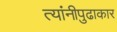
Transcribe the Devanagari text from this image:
त्यांनीपुढाकार